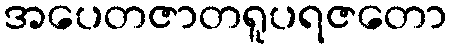
အပေတဇာတရူပရဇတော